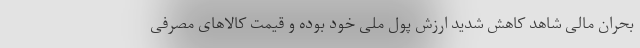
بحران مالی شاهد کاهش شدید ارزش پول ملی خود بوده و قیمت کالاهای مصرفی